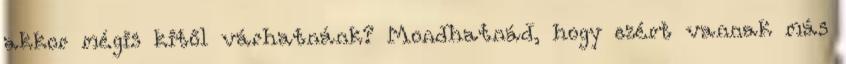
akkor mégis kitől várhatnánk? Mondhatnád, hogy ezért vannak más